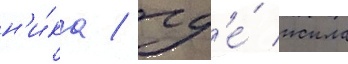
н'и́ка / гд'е́ жила